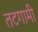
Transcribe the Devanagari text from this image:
तटगामी